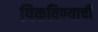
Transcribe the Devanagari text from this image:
पिकविण्याची